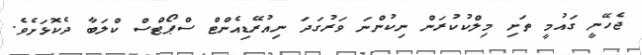
ޖެހޭނީ ގައުމީ ތަށި މިލްކުކުރަން ނިކުންނަ ވަރުގަދަ ނިއުރޭޑިއެންޓް ސްޕޯޓްސް ކްލަބާ ދެކޮޅަށެވެ.